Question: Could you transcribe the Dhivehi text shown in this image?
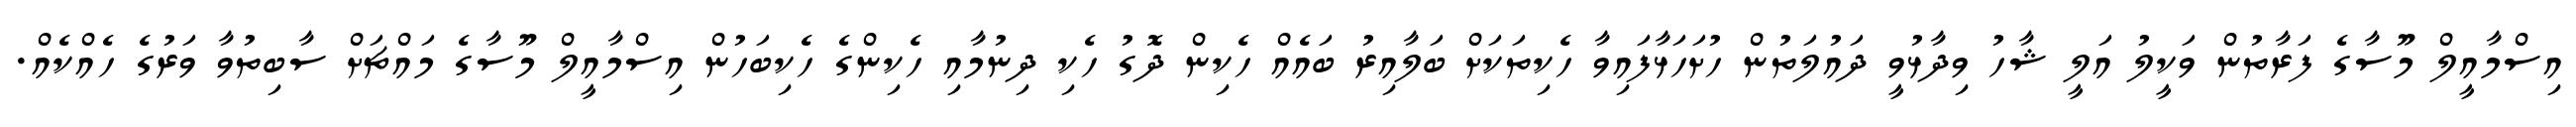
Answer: އިސްމާއީލް މޫސާގެ ފަރާތުން ވަކީލު އަލީ ޝާހު ވިދާޅުވީ ދައުލަތުން ހުށަހަޅާފައިވާ ހެކިތަކަށް ބަލާއިރު ބައެއް ހެކިން ދޮގު ހެކި ދިނުމާއި ހެކިންގެ ހެކިބަހުން އިސްމާއީލް މޫސާގެ މައްޗަށް ސާބިތުވާ ވަރުގެ ހެއްކެއް.